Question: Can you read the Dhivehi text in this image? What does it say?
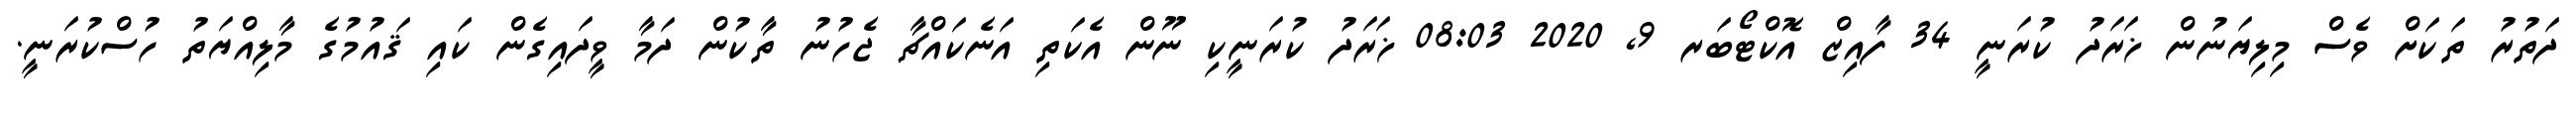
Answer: ދަތުރު ތަކަށް ވެސް މިލިޔަނުން ޚަރަދު ކުރަނީ 34 ފާއިޒް އޮކްޓޯބަރ 9, 2020 08:03 ޚަރަދު ކުރަނީކި ނޫން އެކަތި އަނެކައްޗާ ޖެހުނު ތާކުން ދަމާ ވީދައިގެން ކައި ޤައުމުގެ މާލިއްޔަތު ހުސްކުރަނީ.